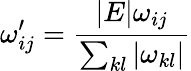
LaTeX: \omega_{ij}^{\prime}=\frac{|E|\omega_{ij}}{\sum_{kl}|\omega_{kl}|}